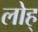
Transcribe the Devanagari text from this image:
लोह्